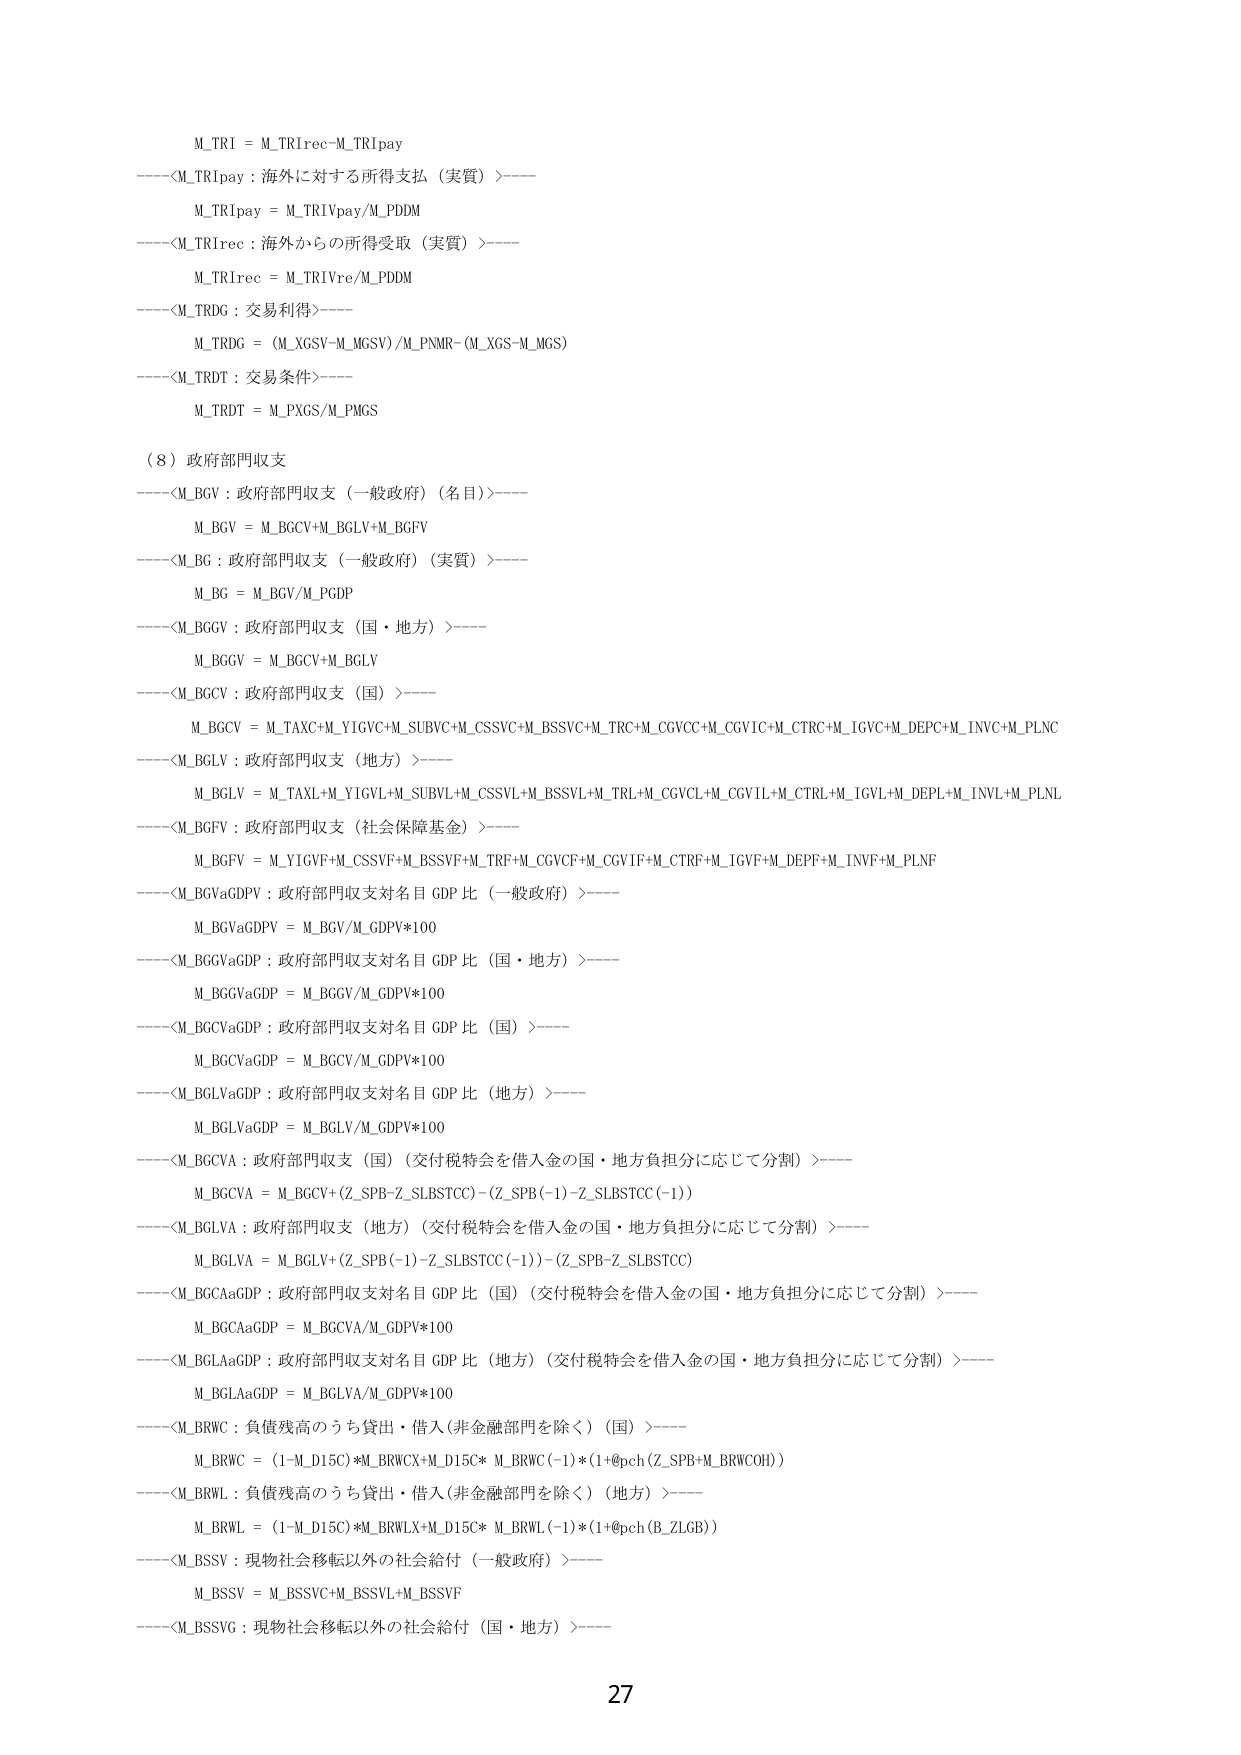
M_TRI = M_TRIrec-M_TRIpay
----<M_TRIpay : 海外に対する所得支払（実質）>----
M_TRIpay = M_TRIVpay/M_PDDM
----<M_TRIrec : 海外からの所得受取（実質）>----
M_TRIrec = M_TRIVre/M_PDDM
----<M_TRDG : 交易利得>----
M_TRDG = (M_XGSV-M_MGSV)/M_PNMR-(M_XGS-M_MGS)
----<M_TRDT : 交易条件>----
M_TRDT = M_PXGS/M_PMGS

（8）政府部門収支
----<M_BGV : 政府部門収支（一般政府）（名目）>----
M_BGV = M_BGCV+M_BGLV+M_BGFV
----<M_BG : 政府部門収支（一般政府）（実質）>----
M_BG = M_BGV/M_PGDP
----<M_BGGV : 政府部門収支（国・地方）>----
M_BGGV = M_BGCV+M_BGLV
----<M_BGCV : 政府部門収支（国）>----
M_BGCV = M_TAXC+M_YIGVC+M_SUBVC+M_CSSVC+M_BSSVC+M_TRC+M_CGVCV+M_CGVIC+M_CTRC+M_IGVC+M_DEPC+M_INVV+M_PLNC
----<M_BGLV : 政府部門収支（地方）>----
M_BGLV = M_TAXL+M_YIGVL+M_SUBVL+M_CSSVL+M_BSSVL+M_TRL+M_CGVCL+M_CGVIL+M_CTRL+M_IGVL+M_DEPL+M_INVL+M_PLNL
----<M_BGFV : 政府部門収支（社会保障基金）>----
M_BGFV = M_YIGVF+M_CSSVF+M_BSSVF+M_TRF+M_CGVCF+M_CGVIF+M_CTRF+M_IGVF+M_DEPF+M_INVF+M_PLNF
----<M_BGVaGDPV : 政府部門収支対名目 GDP 比（一般政府）>----
M_BGVaGDPV = M_BGV/M_GDPV*100
----<M_BGGVaGDP : 政府部門収支対名目 GDP 比（国・地方）>----
M_BGGVaGDP = M_BGGV/M_GDPV*100
----<M_BGCVaGDP : 政府部門収支対名目 GDP 比（国）>----
M_BGCVaGDP = M_BGCV/M_GDPV*100
----<M_BGLVaGDP : 政府部門収支対名目 GDP 比（地方）>----
M_BGLVaGDP = M_BGLV/M_GDPV*100
----<M_BGCVa : 政府部門収支（国）（交付税特会を借入金の国・地方負担分に応じて分割）>----
M_BGCVa = M_BGCV+(Z_SPB-Z_SLBSTCC)-(Z_SPB(-1)-Z_SLBSTCC(-1))
----<M_BGLVa : 政府部門収支（地方）（交付税特会を借入金の国・地方負担分に応じて分割）>----
M_BGLVa = M_BGLV+(Z_SPB(-1)-Z_SLBSTCC(-1))-(Z_SPB-Z_SLBSTCC)
----<M_BGCaGDP : 政府部門収支対名目 GDP 比（国）（交付税特会を借入金の国・地方負担分に応じて分割）>----
M_BGCaGDP = M_BGCVa/M_GDPV*100
----<M_BGLaGDP : 政府部門収支対名目 GDP 比（地方）（交付税特会を借入金の国・地方負担分に応じて分割）>----
M_BGLaGDP = M_BGLVa/M_GDPV*100
----<M_BRWC : 負債残高のうち貸出・借入（非金融部門を除く）（国）>----
M_BRWC = (1-M_D15C)*M_BRWCX+M_D15C* M_BRWC(-1)*(1+@pch(Z_SPB+M_BRWCOH))
----<M_BRWL : 負債残高のうち貸出・借入（非金融部門を除く）（地方）>----
M_BRWL = (1-M_D15C)*M_BRWLX+M_D15C* M_BRWL(-1)*(1+@pch(B_ZLGB))
----<M_BSSV : 現物社会移転以外の社会給付（一般政府）>----
M_BSSV = M_BSSVC+M_BSSVL+M_BSSVF
----<M_BSSVG : 現物社会移転以外の社会給付（国・地方）>----

27